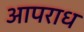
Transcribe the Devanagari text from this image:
आपराध